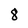
Character: 8